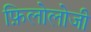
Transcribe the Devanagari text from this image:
फ़िलोलोजी